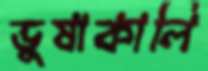
ভুষাকালি